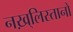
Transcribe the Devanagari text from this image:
नख़्लिस्तानों